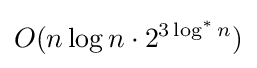
O(n\log n\cdot 2^{3\log ^{*}n})